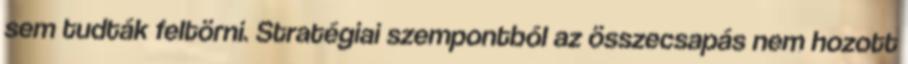
sem tudták feltörni. Stratégiai szempontból az összecsapás nem hozott